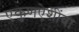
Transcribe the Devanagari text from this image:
एकुणऐशींवा